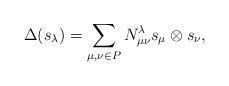
LaTeX: \begin{gather*} \Delta (s_\lambda )=\sum_{\mu,\nu \in P} N^\lambda _{\mu \nu }s_\mu \otimes s_\nu ,\end{gather*}